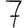
Digit: 7